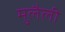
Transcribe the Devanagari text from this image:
मुलैली